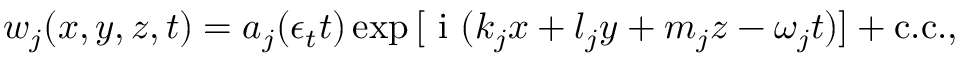
w _ { j } ( x , y , z , t ) = a _ { j } ( \epsilon _ { t } t ) \exp { [ \textnormal { i } ( k _ { j } x + l _ { j } y + m _ { j } z - \omega _ { j } t ) ] } + \mathrm { c . c } . ,